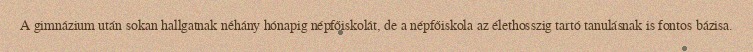
A gimnázium után sokan hallgatnak néhány hónapig népfőiskolát, de a népfőiskola az élethosszig tartó tanulásnak is fontos bázisa.